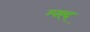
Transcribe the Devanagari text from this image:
म्फ्ह्द्